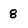
Character: 8